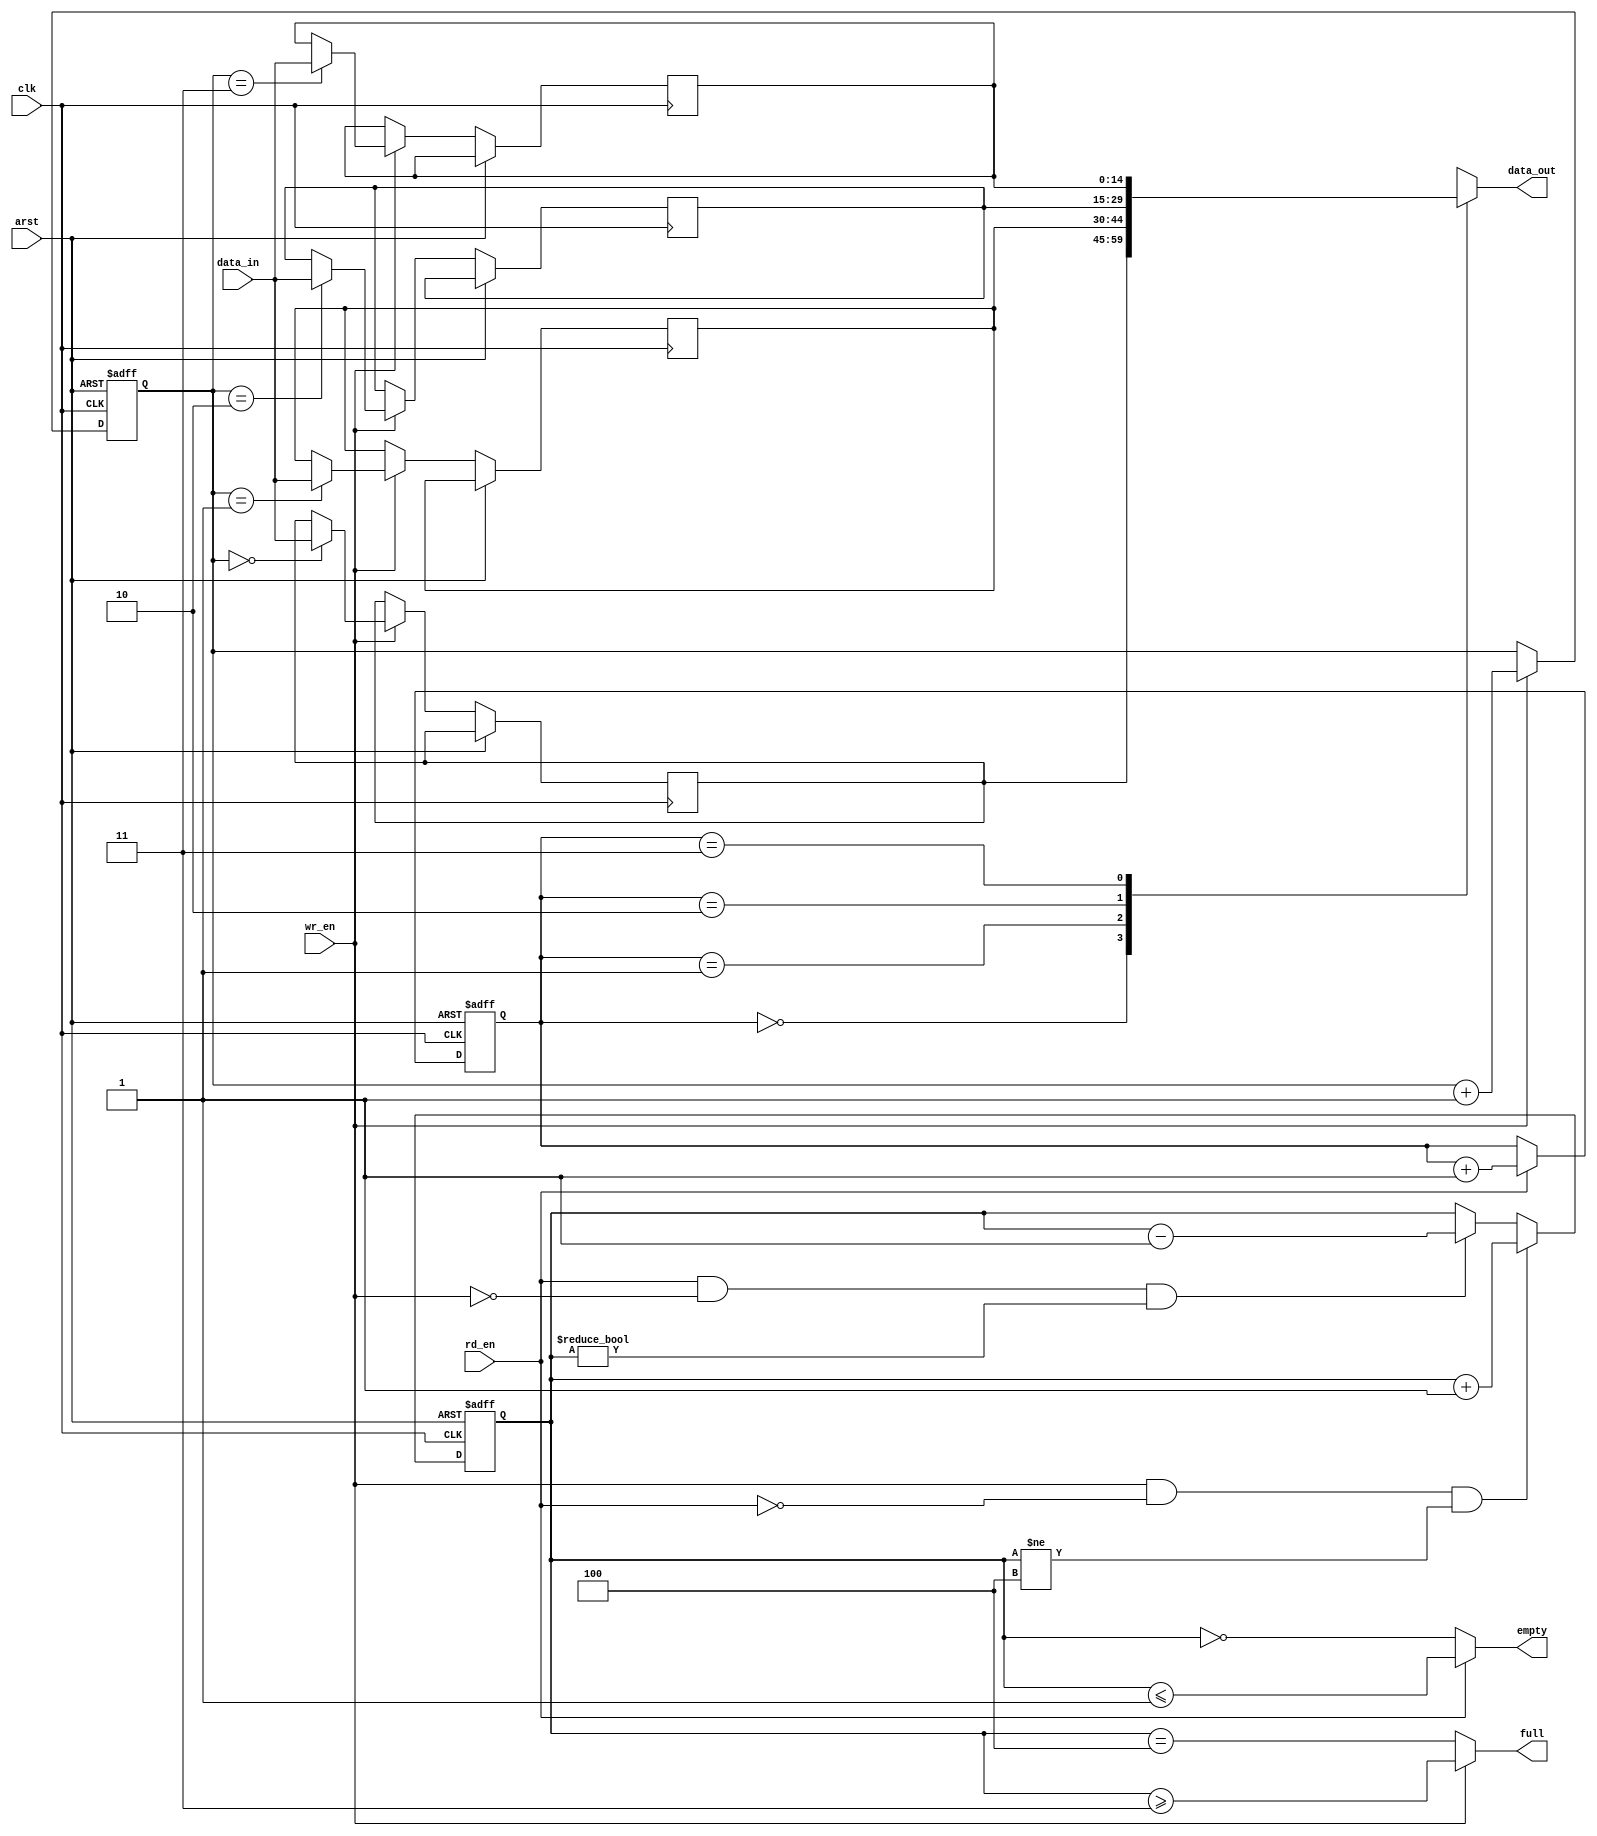
module sync_fifo #(
    parameter DATA_WIDTH = 15,
    parameter FIFO_DEPTH = 4
) (    
    input  wire                  clk,
    input  wire                  arst,
    input  wire                  rd_en,
    input  wire                  wr_en,
    input  wire [DATA_WIDTH-1:0] data_in,
    output wire [DATA_WIDTH-1:0] data_out,
    output wire                  empty,
    output wire                  full
);

    reg [DATA_WIDTH-1:0] fifo [0:FIFO_DEPTH-1];

    reg [$clog2(FIFO_DEPTH)-1:0] rd_pointer;
    reg [$clog2(FIFO_DEPTH)-1:0] wr_pointer;
    reg [$clog2(FIFO_DEPTH):0]   status_cnt;

    //! Read logic
    always @(posedge clk or posedge arst) begin
        if (arst) begin
            rd_pointer <= 0;
        end
        else if (rd_en) begin
            rd_pointer <= rd_pointer + 1;
        end
    end

    //! Write logic
    always @(posedge clk or posedge arst) begin
        if (arst) begin
            wr_pointer <= 0;
        end
        else if (wr_en) begin
            fifo[wr_pointer] <= data_in;
            wr_pointer       <= wr_pointer + 1;
        end
    end

    //! Status counter for full and empty
    always @(posedge clk or posedge arst) begin
        if (arst) begin
            status_cnt <= 0;
        end
        else begin
            if (wr_en && !rd_en && (status_cnt != FIFO_DEPTH)) begin
                status_cnt <= status_cnt + 1;
            end
            else if (rd_en && !wr_en && (status_cnt != 0)) begin
                status_cnt <= status_cnt - 1;
            end
        end
    end

    // assign full     = (status_cnt >= FIFO_DEPTH);
    // assign empty    = (status_cnt <= 0);
    
    assign full     = wr_en ? (status_cnt >= FIFO_DEPTH - 1) : (status_cnt == FIFO_DEPTH);
    assign empty    = rd_en ? (status_cnt <= 1) : (status_cnt == 0);
    assign data_out = fifo[rd_pointer];

endmodule